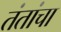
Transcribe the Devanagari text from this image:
तंतांचा